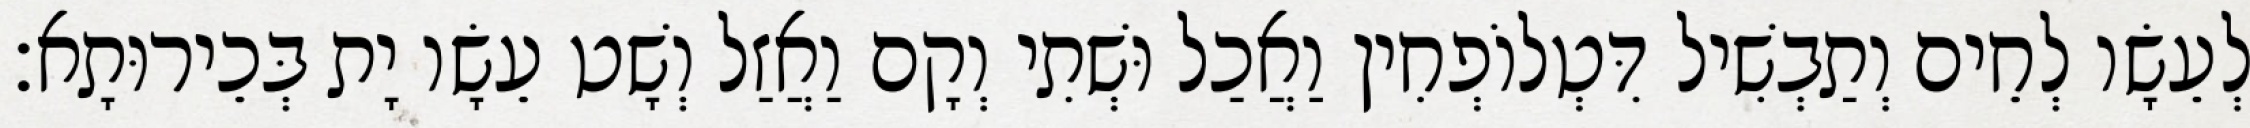
לְעֵשָׂו לְחֵים וְתַבְשִׁיל דִּטְלוֹפְחִין וַאֲכַל וּשְׁתִי וְקָם וַאֲזַל וְשָׁט עֵשָׂו יָת בְּכֵירוּתָא׃